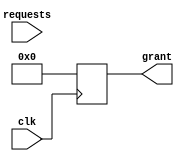
module PriorityArbiter (
    input wire [3:0] requests,
    input wire clk,
    output reg [3:0] grant
);

reg [3:0] priorities;

always @(posedge clk) begin
    // Assign priorities based on predefined rules
    priorities[0] = 1;
    priorities[1] = 2;
    priorities[2] = 3;
    priorities[3] = 4;
    
    // Arbiter logic
    if (requests[0] && priorities[0] > priorities[1] && priorities[0] > priorities[2] && priorities[0] > priorities[3]) begin
        grant = 4'b0001;
    end else if (requests[1] && priorities[1] > priorities[0] && priorities[1] > priorities[2] && priorities[1] > priorities[3]) begin
        grant = 4'b0010;
    end else if (requests[2] && priorities[2] > priorities[0] && priorities[2] > priorities[1] && priorities[2] > priorities[3]) begin
        grant = 4'b0100;
    end else if (requests[3] && priorities[3] > priorities[0] && priorities[3] > priorities[1] && priorities[3] > priorities[2]) begin
        grant = 4'b1000;
    end else begin
        grant = 4'b0000;
    end
end

endmodule